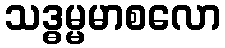
သဒ္ဓမ္မမာစလော